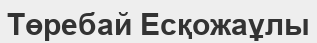
Төребай Есқожаұлы